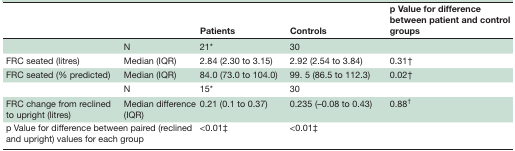
|  |  | Patients | Controls | p Value for difference between patient and control groups |
 | --- | --- | --- | --- | --- |
 |  | N | 21* | 30 |  |
 | FRC seated (litres) | Median (IQR) | 2.84 (2.30 to 3.15) | 2.92 (2.54 to 3.84) | 0.31† |
 | FRC seated (% predicted) | Median (IQR) | 84.0 (73.0 to 104.0) | 99. 5 (86.5 to 112.3) | 0.02† |
 |  | N | 15* | 30 |  |
 | FRC change from reclined to upright (litres) | Median difference (IQR) | 0.21 (0.1 to 0.37) | 0.235 (–0.08 to 0.43) | 0.88† |
 | <COLSPAN=2> p Value for difference between paired (reclined and upright) values for each group | <0.01‡ | <0.01‡ |  |